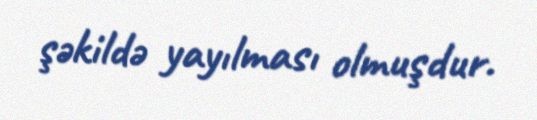
şəkildə yayılması olmuşdur.